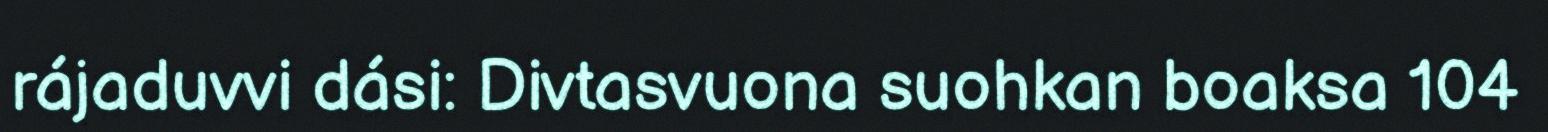
rájaduvvi dási: Divtasvuona suohkan boaksa 104